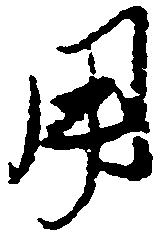
用